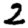
Digit: 2